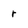
Character: r